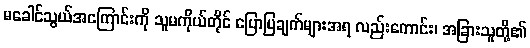
မခေါင်သွယ်အကြောင်းကို သူမကိုယ်တိုင် ပြောပြချက်များအရ လည်းကောင်း၊ အခြားသူတို့၏